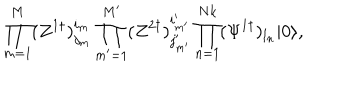
LaTeX: \prod _ { m = 1 } ^ { M } ( Z ^ { 1 \dagger } ) _ { j _ { m } } ^ { i _ { m } } \prod _ { m ^ { \prime } = 1 } ^ { M ^ { \prime } } ( Z ^ { 2 \dagger } ) _ { j _ { m ^ { \prime } } ^ { \prime } } ^ { i _ { m ^ { \prime } } ^ { \prime } } \prod _ { n = 1 } ^ { N k } ( \Psi ^ { 1 \dagger } ) _ { l _ { n } } | 0 \rangle ,